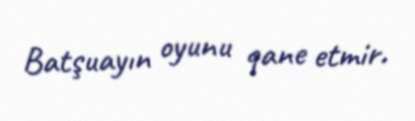
Batşuayın oyunu qane etmir.